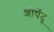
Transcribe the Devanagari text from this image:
शीर्षेंदू